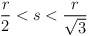
\begin{align*}\frac{r}{2}<s<\frac{r}{\sqrt{3}}\end{align*}